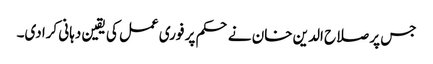
جس پر صلاح الدین خان نے حکم پر فوری عمل کی یقین دہانی کرادی۔